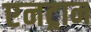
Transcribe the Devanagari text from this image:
एनट्रान